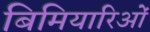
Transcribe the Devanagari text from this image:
बिमियारिओं